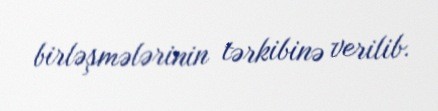
birləşmələrinin tərkibinə verilib.